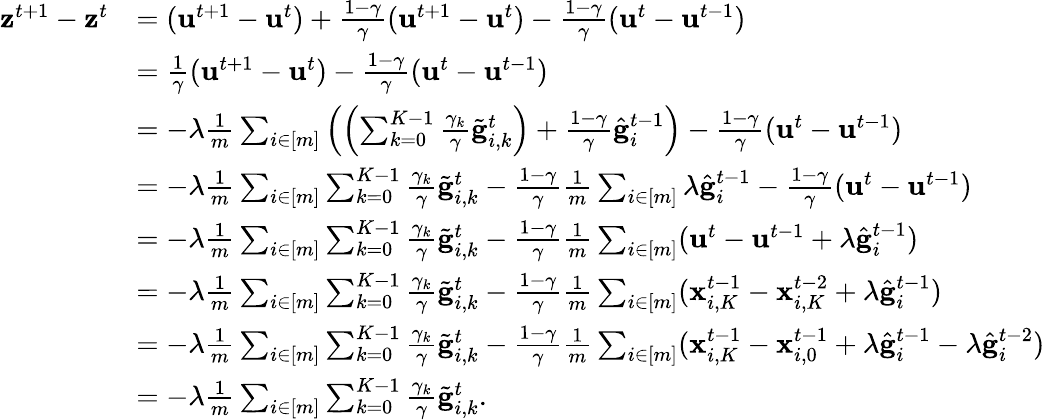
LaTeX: \begin{array}{rl}{\mathbf{z}^{t+1}-\mathbf{z}^{t}}&{=(\mathbf{u}^{t+1}-\mathbf{u}^{t})+\frac{1-\gamma}{\gamma}(\mathbf{u}^{t+1}-\mathbf{u}^{t})-\frac{1-\gamma}{\gamma}(\mathbf{u}^{t}-\mathbf{u}^{t-1})}\\ &{=\frac{1}{\gamma}(\mathbf{u}^{t+1}-\mathbf{u}^{t})-\frac{1-\gamma}{\gamma}(\mathbf{u}^{t}-\mathbf{u}^{t-1})}\\ &{=-\lambda\frac{1}{m}\sum_{i\in[m]}\left(\Bigl(\sum_{k=0}^{K-1}\frac{\gamma_{k}}{\gamma}\tilde{\mathbf{g}}_{i,k}^{t}\Bigr)+\frac{1-\gamma}{\gamma}\hat{\mathbf{g}}_{i}^{t-1}\right)-\frac{1-\gamma}{\gamma}(\mathbf{u}^{t}-\mathbf{u}^{t-1})}\\ &{=-\lambda\frac{1}{m}\sum_{i\in[m]}\sum_{k=0}^{K-1}\frac{\gamma_{k}}{\gamma}\tilde{\mathbf{g}}_{i,k}^{t}-\frac{1-\gamma}{\gamma}\frac{1}{m}\sum_{i\in[m]}\lambda\hat{\mathbf{g}}_{i}^{t-1}-\frac{1-\gamma}{\gamma}(\mathbf{u}^{t}-\mathbf{u}^{t-1})}\\ &{=-\lambda\frac{1}{m}\sum_{i\in[m]}\sum_{k=0}^{K-1}\frac{\gamma_{k}}{\gamma}\tilde{\mathbf{g}}_{i,k}^{t}-\frac{1-\gamma}{\gamma}\frac{1}{m}\sum_{i\in[m]}(\mathbf{u}^{t}-\mathbf{u}^{t-1}+\lambda\hat{\mathbf{g}}_{i}^{t-1})}\\ &{=-\lambda\frac{1}{m}\sum_{i\in[m]}\sum_{k=0}^{K-1}\frac{\gamma_{k}}{\gamma}\tilde{\mathbf{g}}_{i,k}^{t}-\frac{1-\gamma}{\gamma}\frac{1}{m}\sum_{i\in[m]}(\mathbf{x}_{i,K}^{t-1}-\mathbf{x}_{i,K}^{t-2}+\lambda\hat{\mathbf{g}}_{i}^{t-1})}\\ &{=-\lambda\frac{1}{m}\sum_{i\in[m]}\sum_{k=0}^{K-1}\frac{\gamma_{k}}{\gamma}\tilde{\mathbf{g}}_{i,k}^{t}-\frac{1-\gamma}{\gamma}\frac{1}{m}\sum_{i\in[m]}(\mathbf{x}_{i,K}^{t-1}-\mathbf{x}_{i,0}^{t-1}+\lambda\hat{\mathbf{g}}_{i}^{t-1}-\lambda\hat{\mathbf{g}}_{i}^{t-2})}\\ &{=-\lambda\frac{1}{m}\sum_{i\in[m]}\sum_{k=0}^{K-1}\frac{\gamma_{k}}{\gamma}\tilde{\mathbf{g}}_{i,k}^{t}.}\end{array}